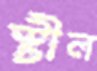
স্টীল